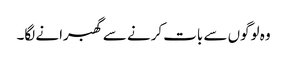
وہ لوگوں سے بات کرنے سے گھبرانے لگا۔